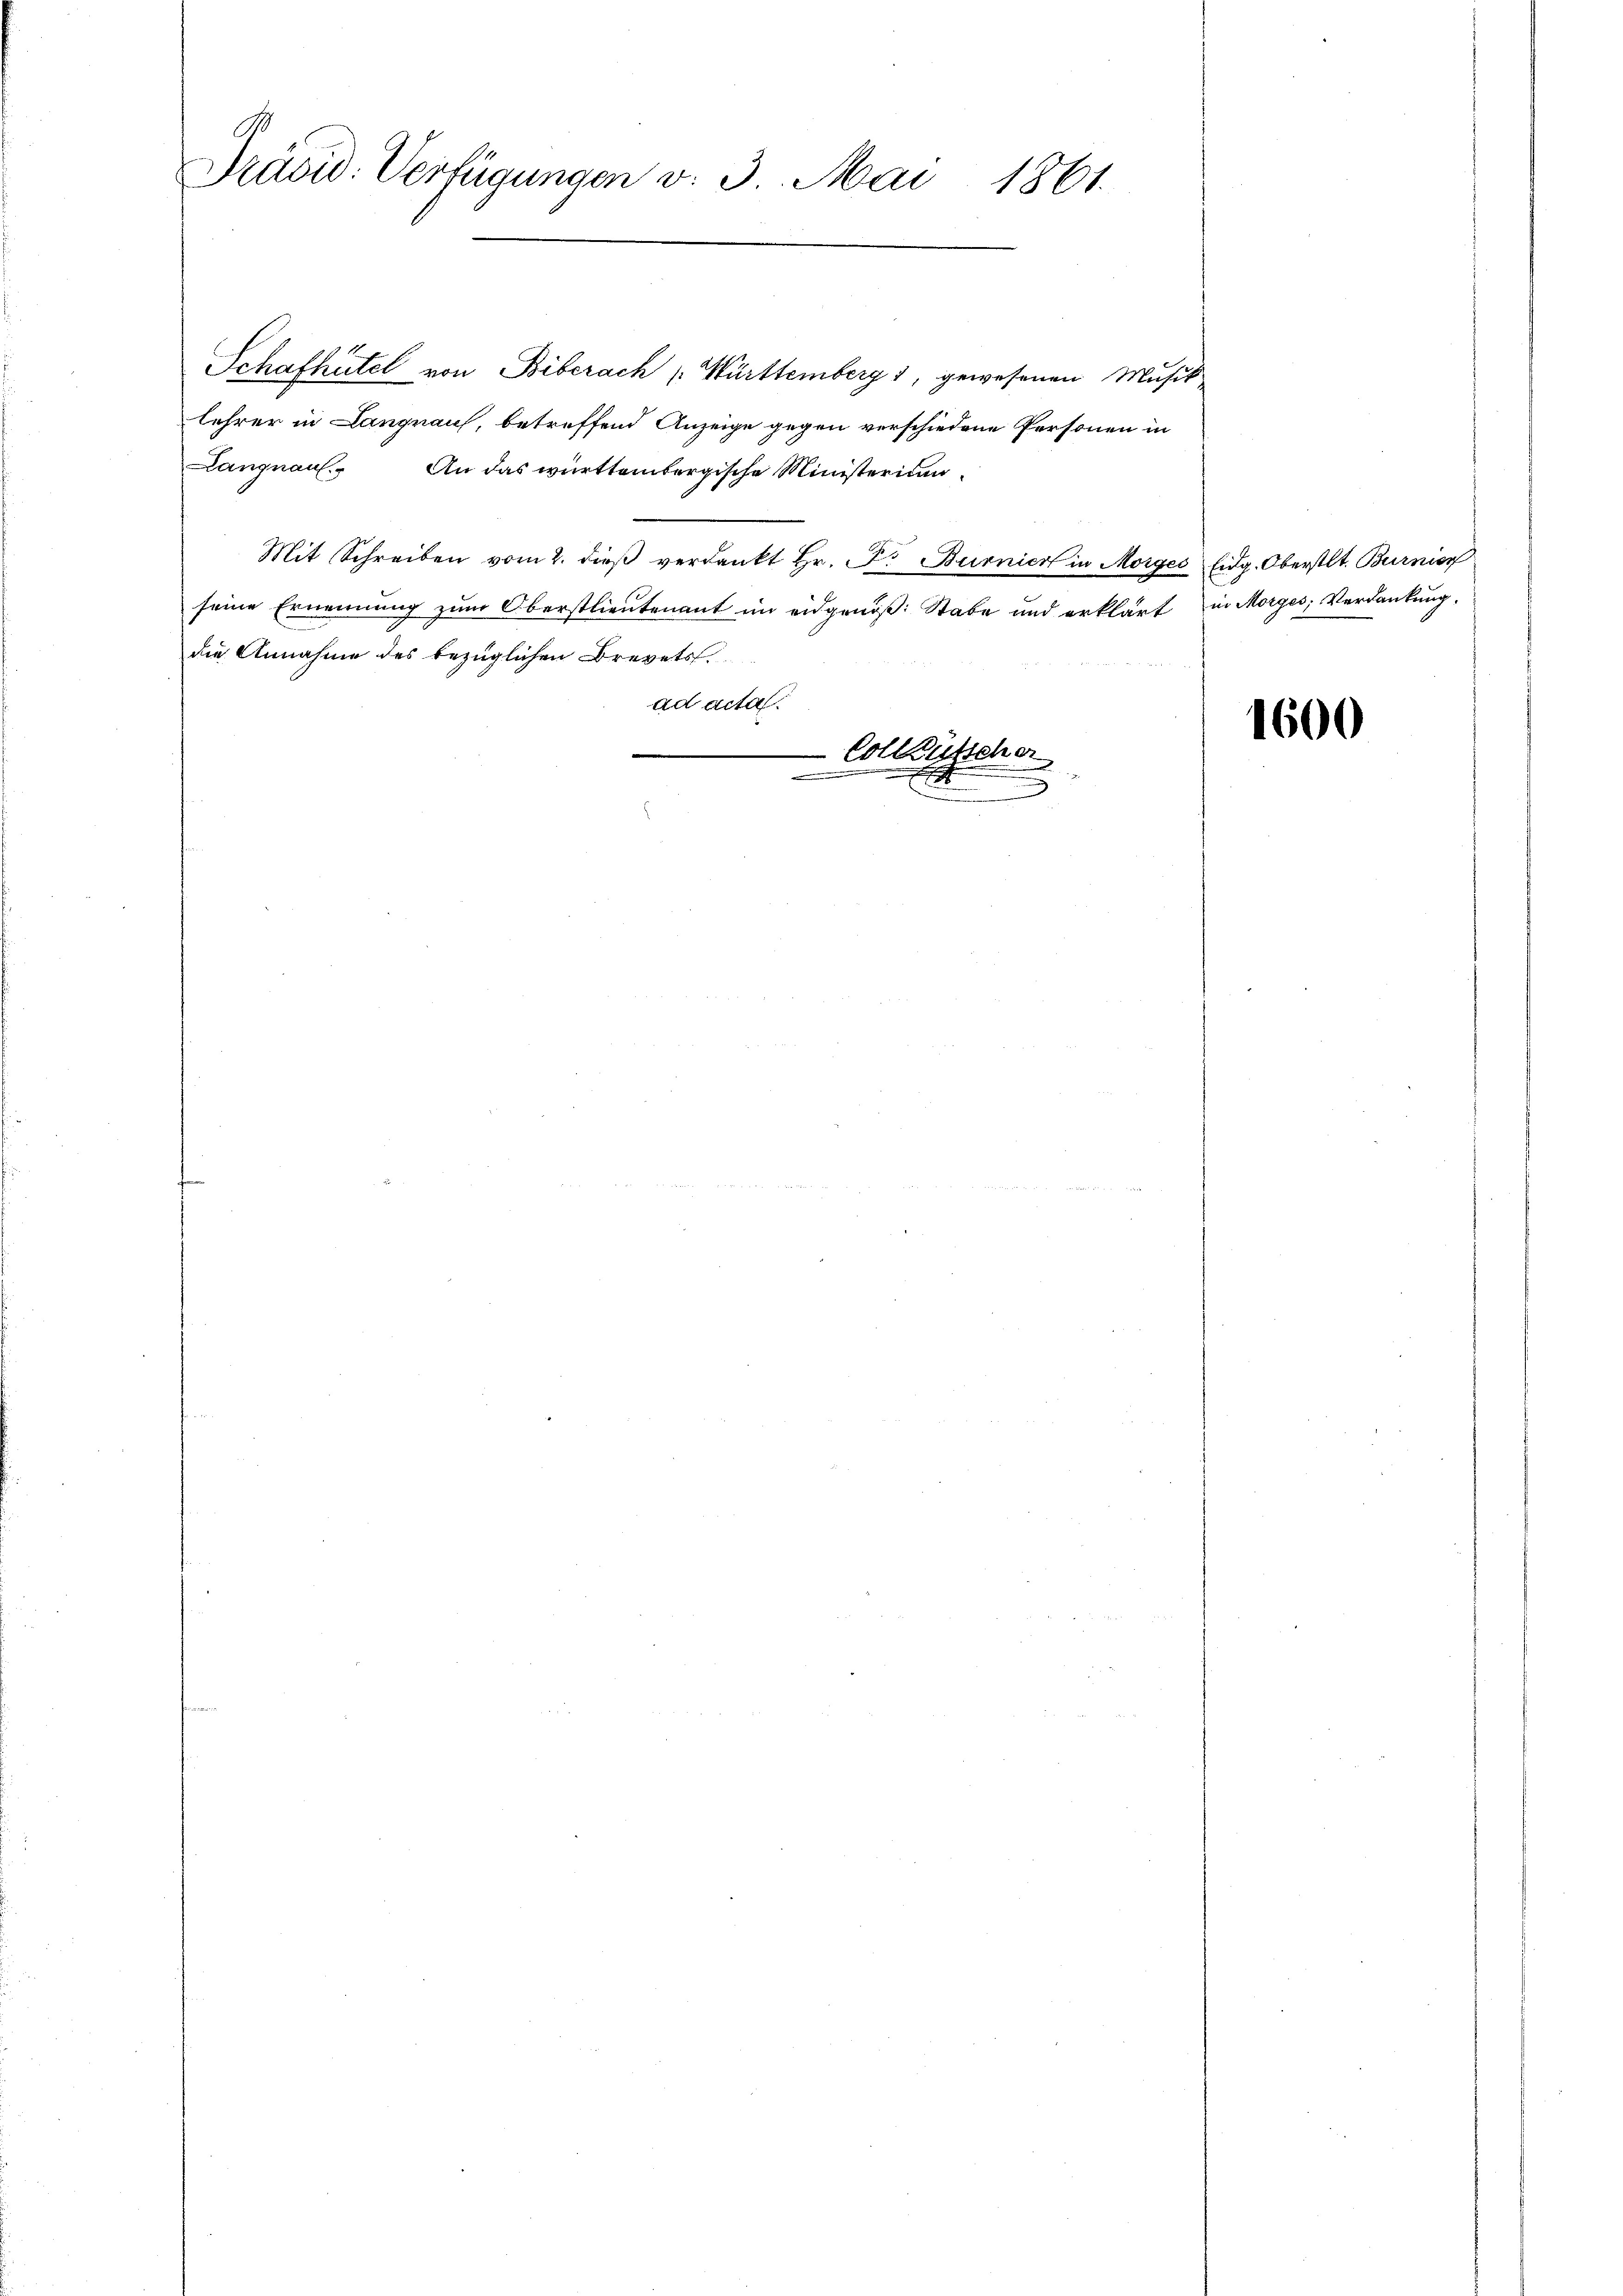
9
Präsid. Verfügungen v. 3. Mai 1861.

Schafhutel von Biberach Württemberg 1, gewesenen Musik
lehrer in Langnau, betreffend Anzeige gegen verschiedene Personen in
Langnau. An das württembergische Ministeritan-
Mit Schreiben vom 2. dieβ verdankt Hr. P. Burnier in Morges Eidg. Oberstlt. Burnier
seine Ernennung zum Oberstlieutenant im eidgenöß: Stabe und erklärt in Morges, Verdankung.
die Annahme des bezüglichen Brevets.
ad acta.
.

 Collausscher
.

1600